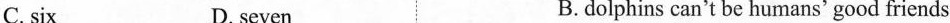
C. six D. seven B. dolphins can't be humans' good friends